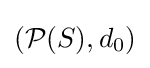
({\mathcal {P}}(S),d_{0})